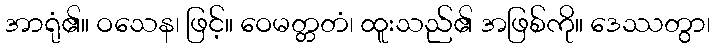
အာရုံ၏။ ဝသေန၊ ဖြင့်။ ဝေမတ္တတံ၊ ထူးသည်၏ အဖြစ်ကို။ ဒေဿတွာ၊